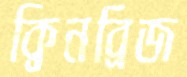
ক্বিনব্রিজ